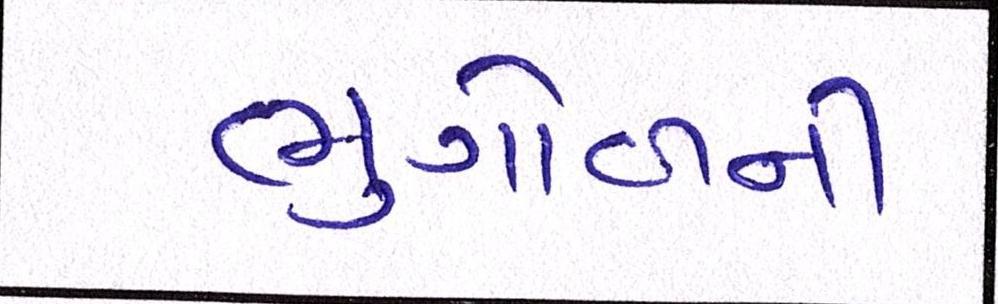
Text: ભુગોળની